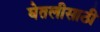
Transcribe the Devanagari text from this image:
घेतलीसाठी